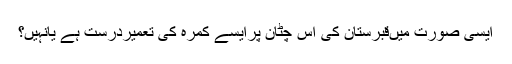
ایسی صورت میںقبرستان کی اس چٹان پرایسے کمرہ کی تعمیردرست ہے یانہیں؟